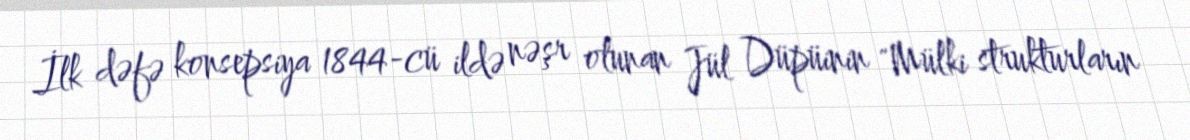
İlk dəfə konsepsiya 1844-cü ildə nəşr olunan Jül Düpüinin "Mülki strukturların